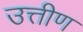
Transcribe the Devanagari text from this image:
उत्तीण